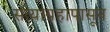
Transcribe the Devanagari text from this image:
सत्याग्रहापासून